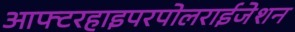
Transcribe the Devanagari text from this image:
आफ्टरहाइपरपोलराईजेशन